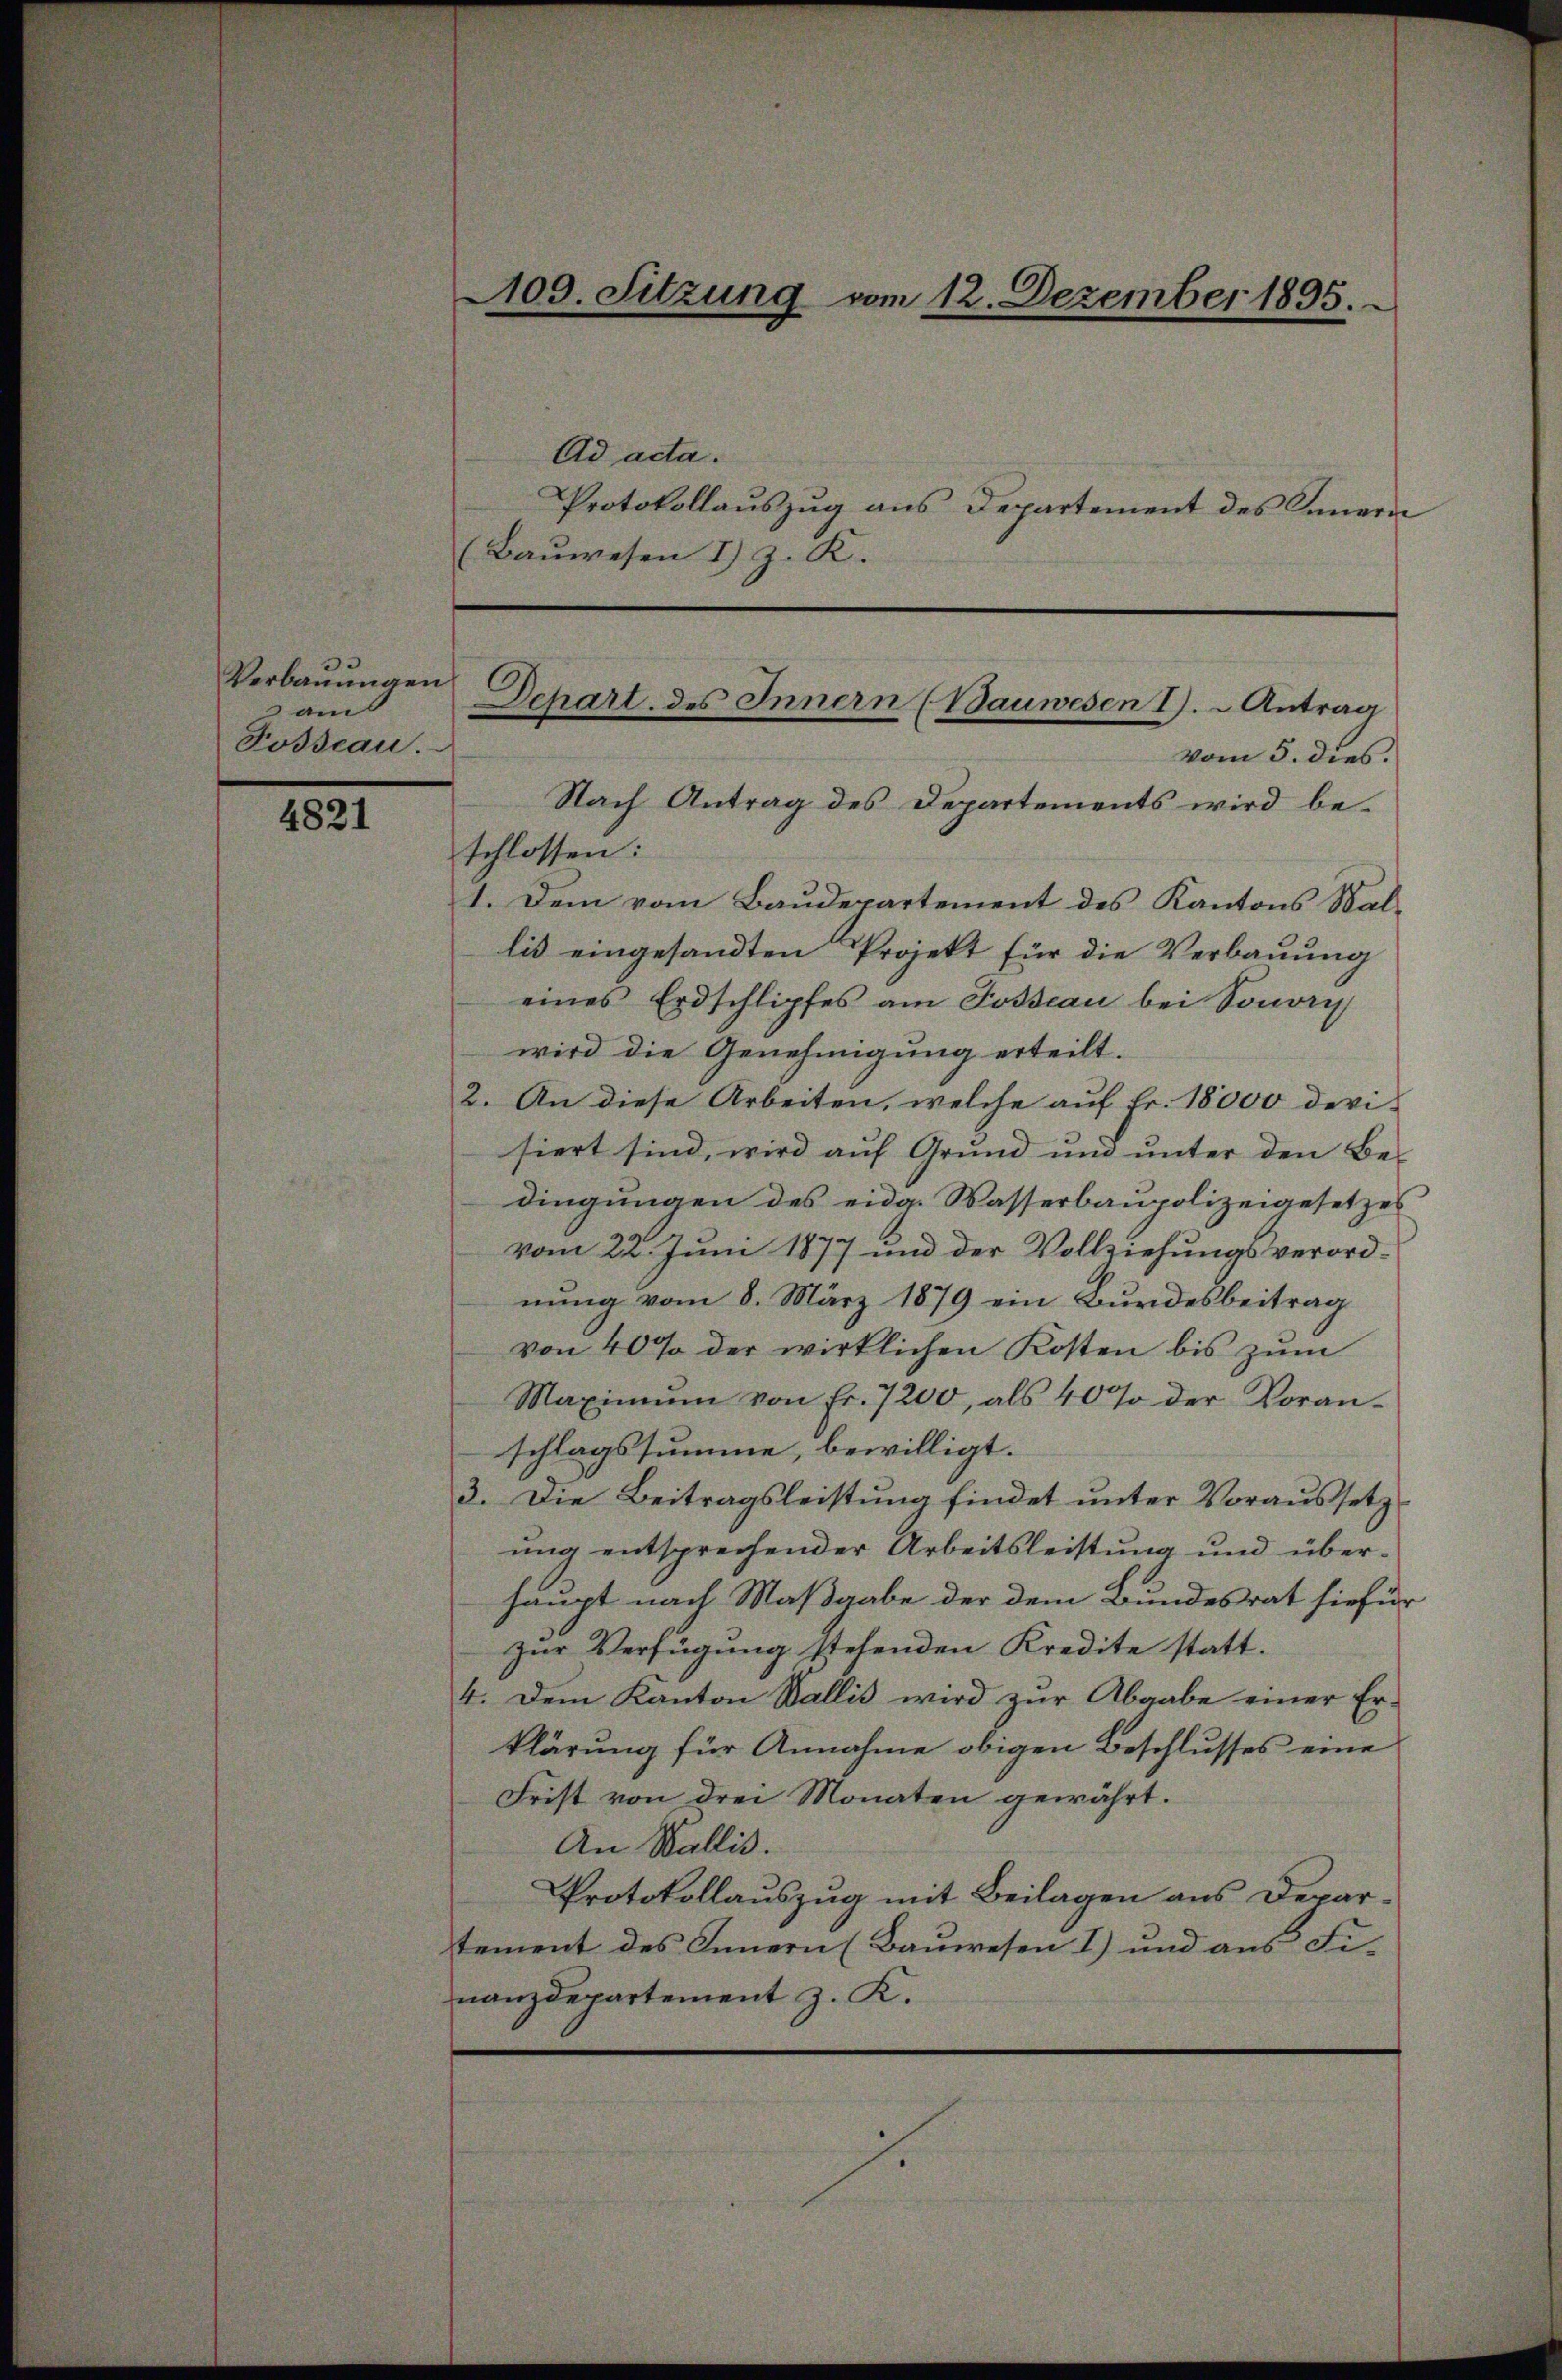
Verbauungen
am
Fosseau.

4821

Ad acta.
Protokollauszug aus Departement des Innern
(Bauwesen I) z. K.

109. Sitzung vom 12. Dezember 1895.

Nach Antrag des Departements wird beschlossen:
1. Dem vom Baudepartement des Kantons Wallis eingesandten Projekt für die Verbauung
eines Erdschlipfes am Posseau bei Sonori
wird die Genehmigung erteilt.
2. An diese Arbeiten, welche auf Fr. 18000 devi-
siert sind, wird aŭf Grŭnd ŭm ŭnter den Be-
dingungen des eidg. Wasserbaupolizeigesetzes
vom 22. Juni 1877 und der Vollziehungsverordnung vom 8. März 1879 ein Bundesbeitrag
von 40% der wirklichen Kosten bis zum
Maximŭm von Fr. 7200, als 40% der Voran-
schlagssumme, bewilligt.
3. Die Beitragsleistung findet unter Voraussetz
ung entsprechender Arbeitsleistung und überhaupt nach Maßgabe der dem Bundesrat hiefür
zur Verfügung stehenden Kredite statt.
4. Dem Kanton Wallis wird zur Abgabe einer Er-
klärung für Annahme obigen Beschlusses eine
Frist von drei Monaten gewährt.
An Wallis.
Protokollauszug mit Beilagen aus Departement des Innern (Bauwesen 1) und aus Fi-
nanzdepartement z. K.

Depart. des Innern (Bauwesen I. Antrag
vom 5. dies.